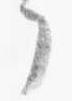
了